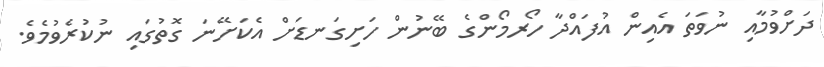
ދަށްވުމާއި ނުވަތަ އެއިން އުފައްދާ ހޯރމޯންގެ ބޭނުން ހަށިގަނޑަށް އެކަށޭނަ ގޮތުގައި ނުކުރެވުމެވެ.